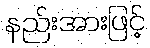
နည်းအားဖြင့်